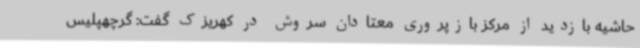
حاشیه بازدید از مرکز بازپروری معتادان سروش در کهریزک گفت: گرچهپلیس